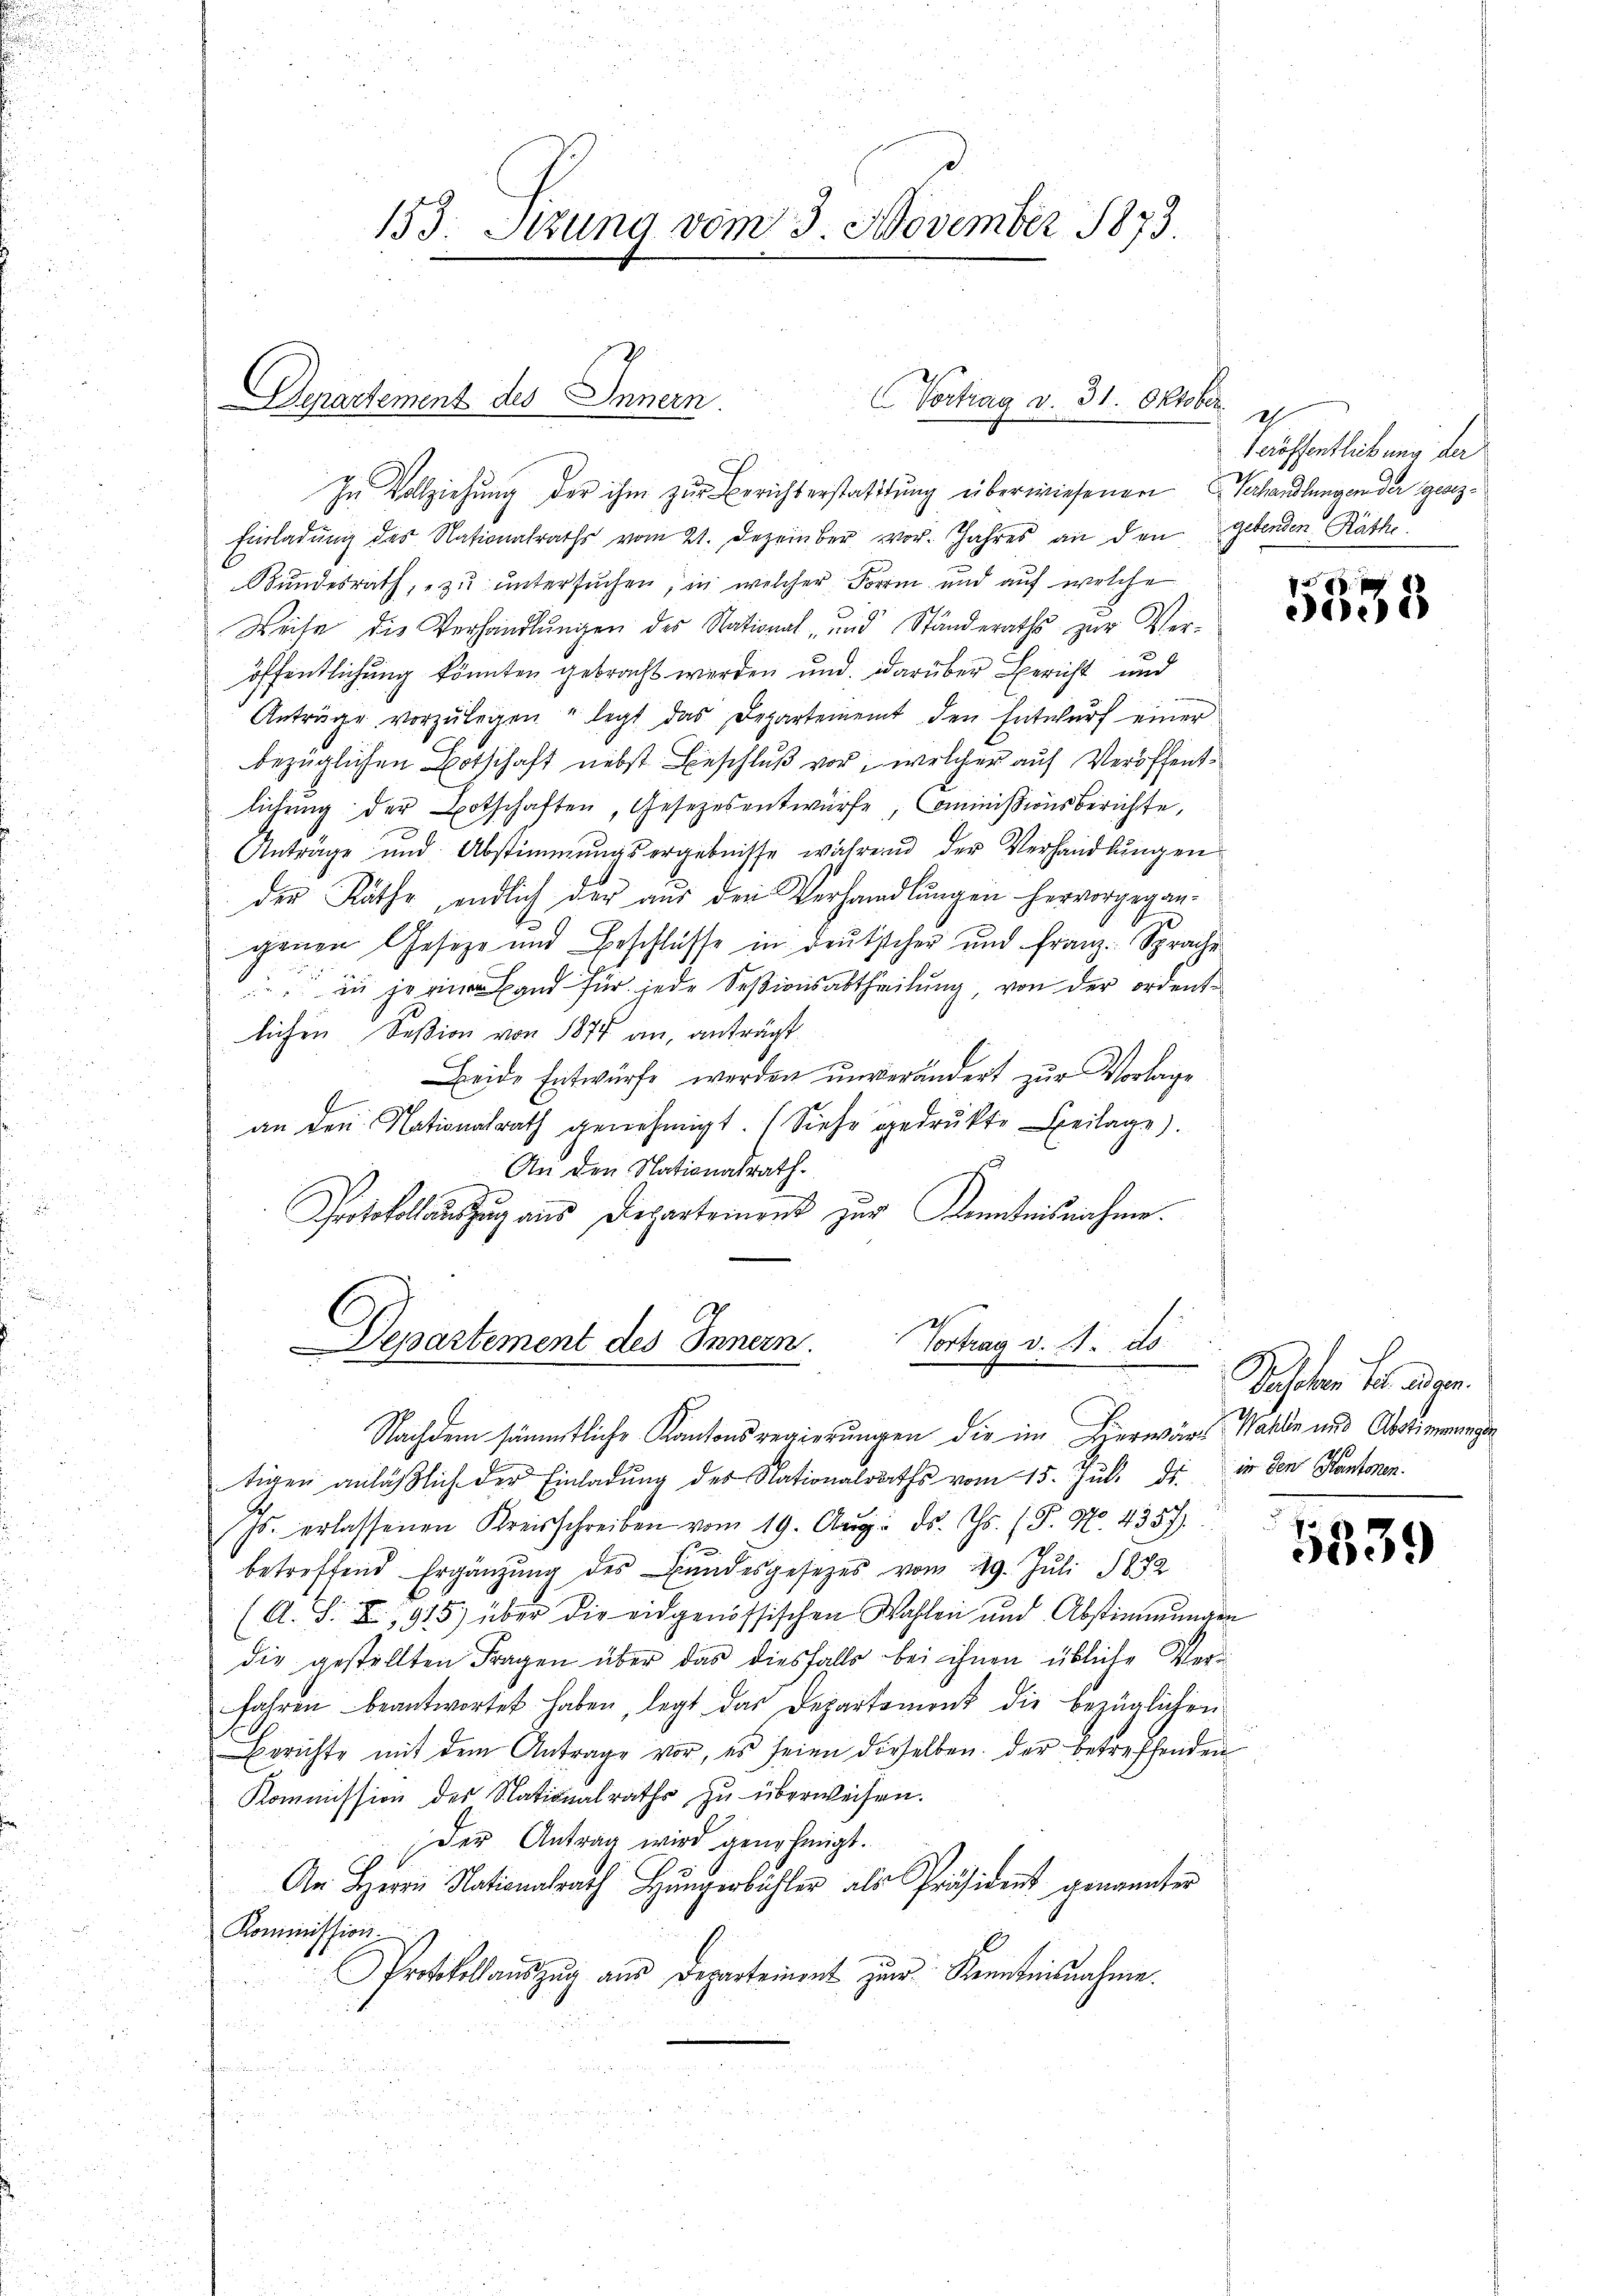
Vortrag v. 31. Oktober
Derartement des Innern.

153. Sitzung vom 3. November 1873.

In Vollziehung der ihm zur Berichterstattŭng überwiesenen Verhandlungen der gesez¬
Einladŭng des Nationalraths vom 21. Dezember vor. Jahres an den gebenden Räthe
Bundesrath, zu untersuchen, in welcher Form und auf welche
Weite die Verhandlŭngen des National- und Ständeraths zur Veröffentlichung könnten gebracht werden und darüber Bericht und
Anträge vorzŭlegen legt das Departement den Entwŭrf einer
bezüglichen Botschaft nebst Beschluß vor, welcher auf Veröffentlichung der Botschaften, Gesetzesentwürfe, Commißionsberichte,
Anträge und Abstimmungsergebnisse während der Verhandlungen
der Rathe, endlich der aus den Verhandlungen hervorgegangenen Geseze und Beschlüsse in deutscher und Franz Sprache
 in je ein Land für jede Seßionsabtheilung, von der ordentlichen Seßion von 1874 an, anträgt.
Beide Entwürfe werden unverändert zur Vorlage
an den Nationalrath genehmigt. (Siehe gedrukte Beilage).
An den Nationalrath
Protokollauszug aus Departement zur Kenntnisnahme.
.
Vortrag v. 21. ds.
Departement des Innern.

Nachdem sämmtliche Kantonsregierungen die im Herwärts Walde und Abstimmungen
tigen anläβlich der Einladung der Nationalraths vom 15. Jul. ds. in den Kantonen.
Js. erlassenen Kreisschreiben vom 19. Aŭg. ds. Gs. (T. No. 4357)
betreffend Ergänzŭng des Bŭndesgesetzes vom 29. Jŭli 1882
(A. S. X, 915) über die eidgenössischen Wahlen und Abstimmungen
die gestellten Fragen über das diesfalls bei ihnen übliche Ver-
fahren beantwortet haben, legt das Departement die bezüglichen
Berichte mit dem Antrage vor, es seien dieselben der betreffenden
Kommission des Nationalraths zu überweisen.
Der Antrag wird genehmigt.
An Herrn Nationalrath Hungerbühler als Präsident genannter
Kommission
Protokollauszug aus Departement zur Kenntnisnahme.

2
Veröffentlichung der

5538

Pachten der ger

5339